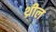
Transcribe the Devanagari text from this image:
थ्रील